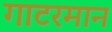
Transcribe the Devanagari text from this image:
गाटरमान